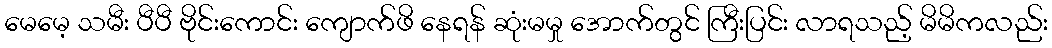
မေမေ့ သမီး ပီပီ ဗိုင်းကောင်း ကျောက်ဖိ နေရန် ဆုံးမမှု အောက်တွင် ကြီးပြင်း လာရသည့် မိမိကလည်း